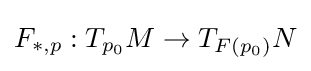
F_{*,p}:T_{p_{0}}M\to T_{F(p_{0})}N